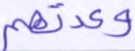
وعدتهم